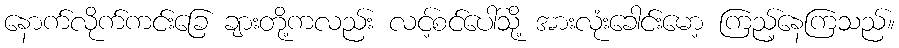
နောက်လိုက်ကင်းခြေ ချားတို့ကလည်း လင့်စင်ပေါ်သို့ အားလုံးခေါင်းမော့ ကြည့်နေကြသည်။